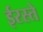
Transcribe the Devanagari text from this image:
ईरस्ते